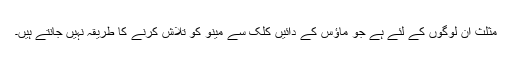
مثلث ان لوگوں کے لئے ہے جو ماؤس کے دائیں کلک سے مینو کو تلاش کرنے کا طریقہ نہیں جانتے ہیں۔